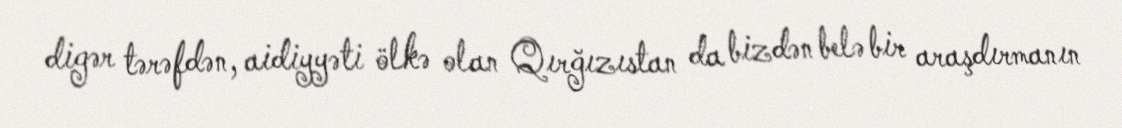
digər tərəfdən, aidiyyəti ölkə olan Qırğızıstan da bizdən belə bir araşdırmanın